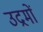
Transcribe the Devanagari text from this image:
उद्रमों